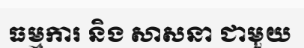
ធម្មការ និង សាសនា ជាមួយ